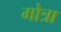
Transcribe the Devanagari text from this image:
गोत्रा